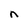
Character: n